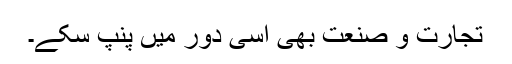
تجارت و صنعت بھی اسی دور میں پنپ سکے۔